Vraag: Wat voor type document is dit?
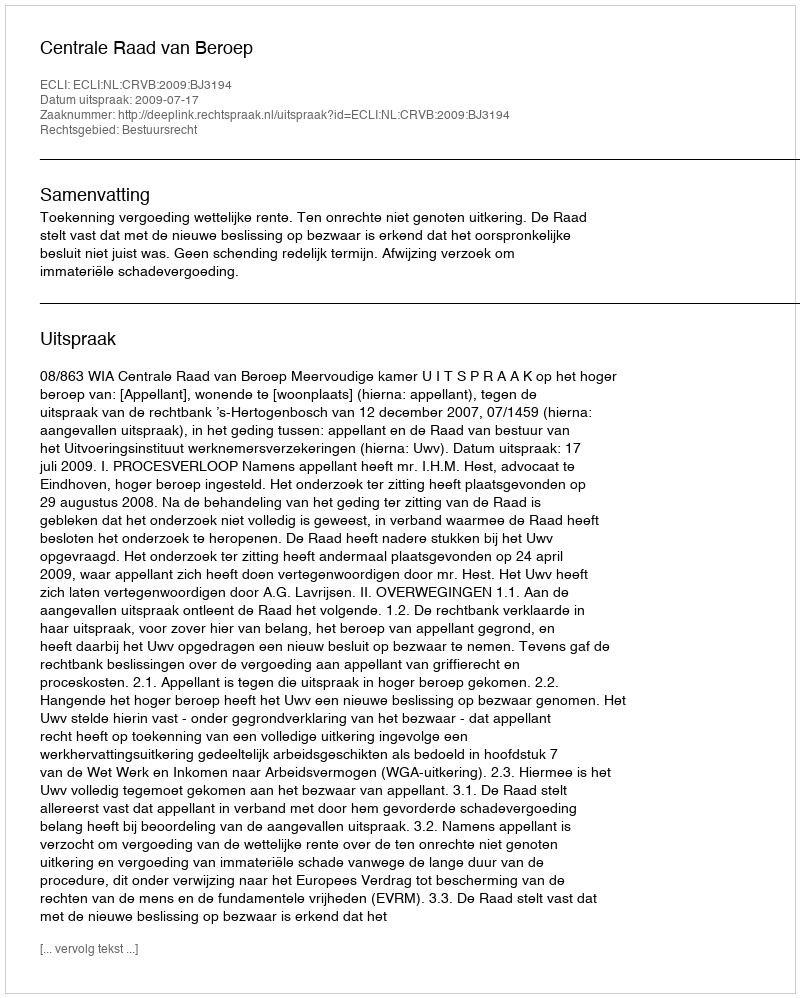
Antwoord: Uitspraak